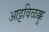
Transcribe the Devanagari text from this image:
आट्टविळक्कु